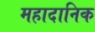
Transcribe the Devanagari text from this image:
महादानिक